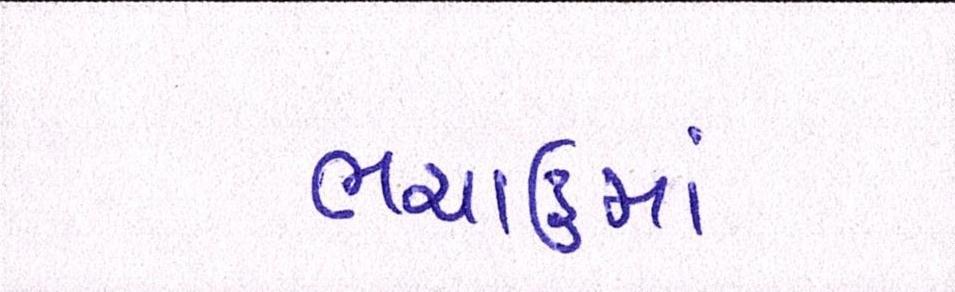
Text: ભચાઉમાં